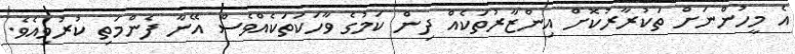
އެ މީހުންނަށް ތަކުރާރުކޮށް އިންޒާރުތަކެއް ދިން ކަމުގެ ވާހަކަތަކެއްވެސް އޭނާ ފެންމަތި ކުރުވިއެވެ.